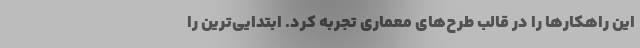
این راهکارها را در قالب طرح‌های معماری تجربه کرد. ابتدایی‌ترین را